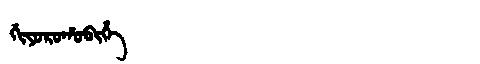
Manchu: ᡤᡳᠶᠣᡵᠣᡥᠣᠪᡳᡥᡝ
Romanization: GIYOROHOBIHE